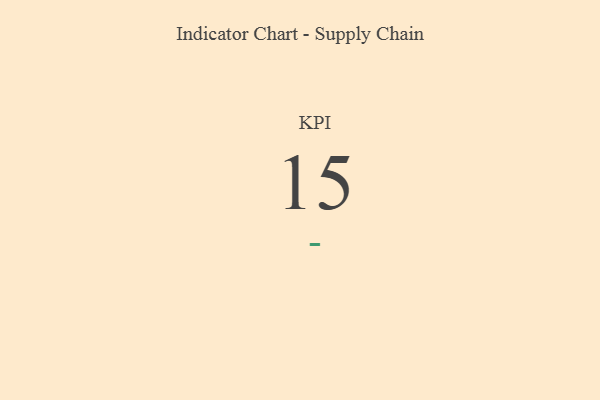
{"axis": {"x": "KPI", "y": "Value"}, "legend": [""], "data": [{"x": "KPI", "y": 15, "type": ""}]}